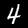
Label: 4